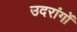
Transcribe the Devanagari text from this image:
उदरांगों